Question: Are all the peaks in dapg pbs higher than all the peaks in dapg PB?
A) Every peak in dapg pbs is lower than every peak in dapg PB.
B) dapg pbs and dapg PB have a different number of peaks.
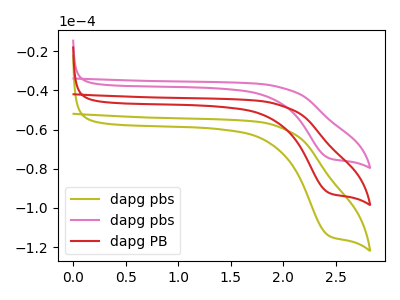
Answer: <think>The olive curve "dapg pbs" has a cathodic peak at: (2.45V, -184.35uA). The pink curve "dapg pbs" has a cathodic peak at: (2.45V, -74.50uA). The red curve "dapg PB" has a cathodic peak at: (2.45V, -92.20uA).</think>
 <answer>A) Every peak in "dapg pbs" is lower than every peak in "dapg PB".</answer>
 <eval>A</eval>